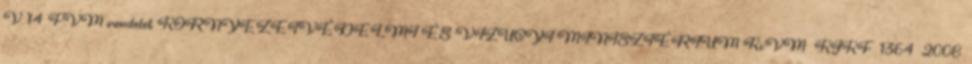
V. 14. FVM rendelet KÖRNYEZETVÉDELMI ÉS VÍZÜGYI MINISZTÉRIUM KvVM KJKF 1364 2008.